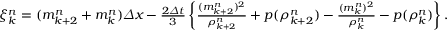
\begin{array} { r } { \xi _ { k } ^ { n } = ( { m _ { k + 2 } ^ { n } + m _ { k } ^ { n } } ) { \varDelta x } - \frac { 2 \varDelta t } { 3 } \left\{ \frac { ( m _ { k + 2 } ^ { n } ) ^ { 2 } } { \rho _ { k + 2 } ^ { n } } + p ( \rho _ { k + 2 } ^ { n } ) - \frac { ( m _ { k } ^ { n } ) ^ { 2 } } { \rho _ { k } ^ { n } } - p ( \rho _ { k } ^ { n } ) \right\} . } \end{array}